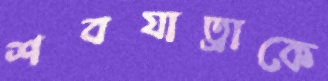
শবযাত্রাকে